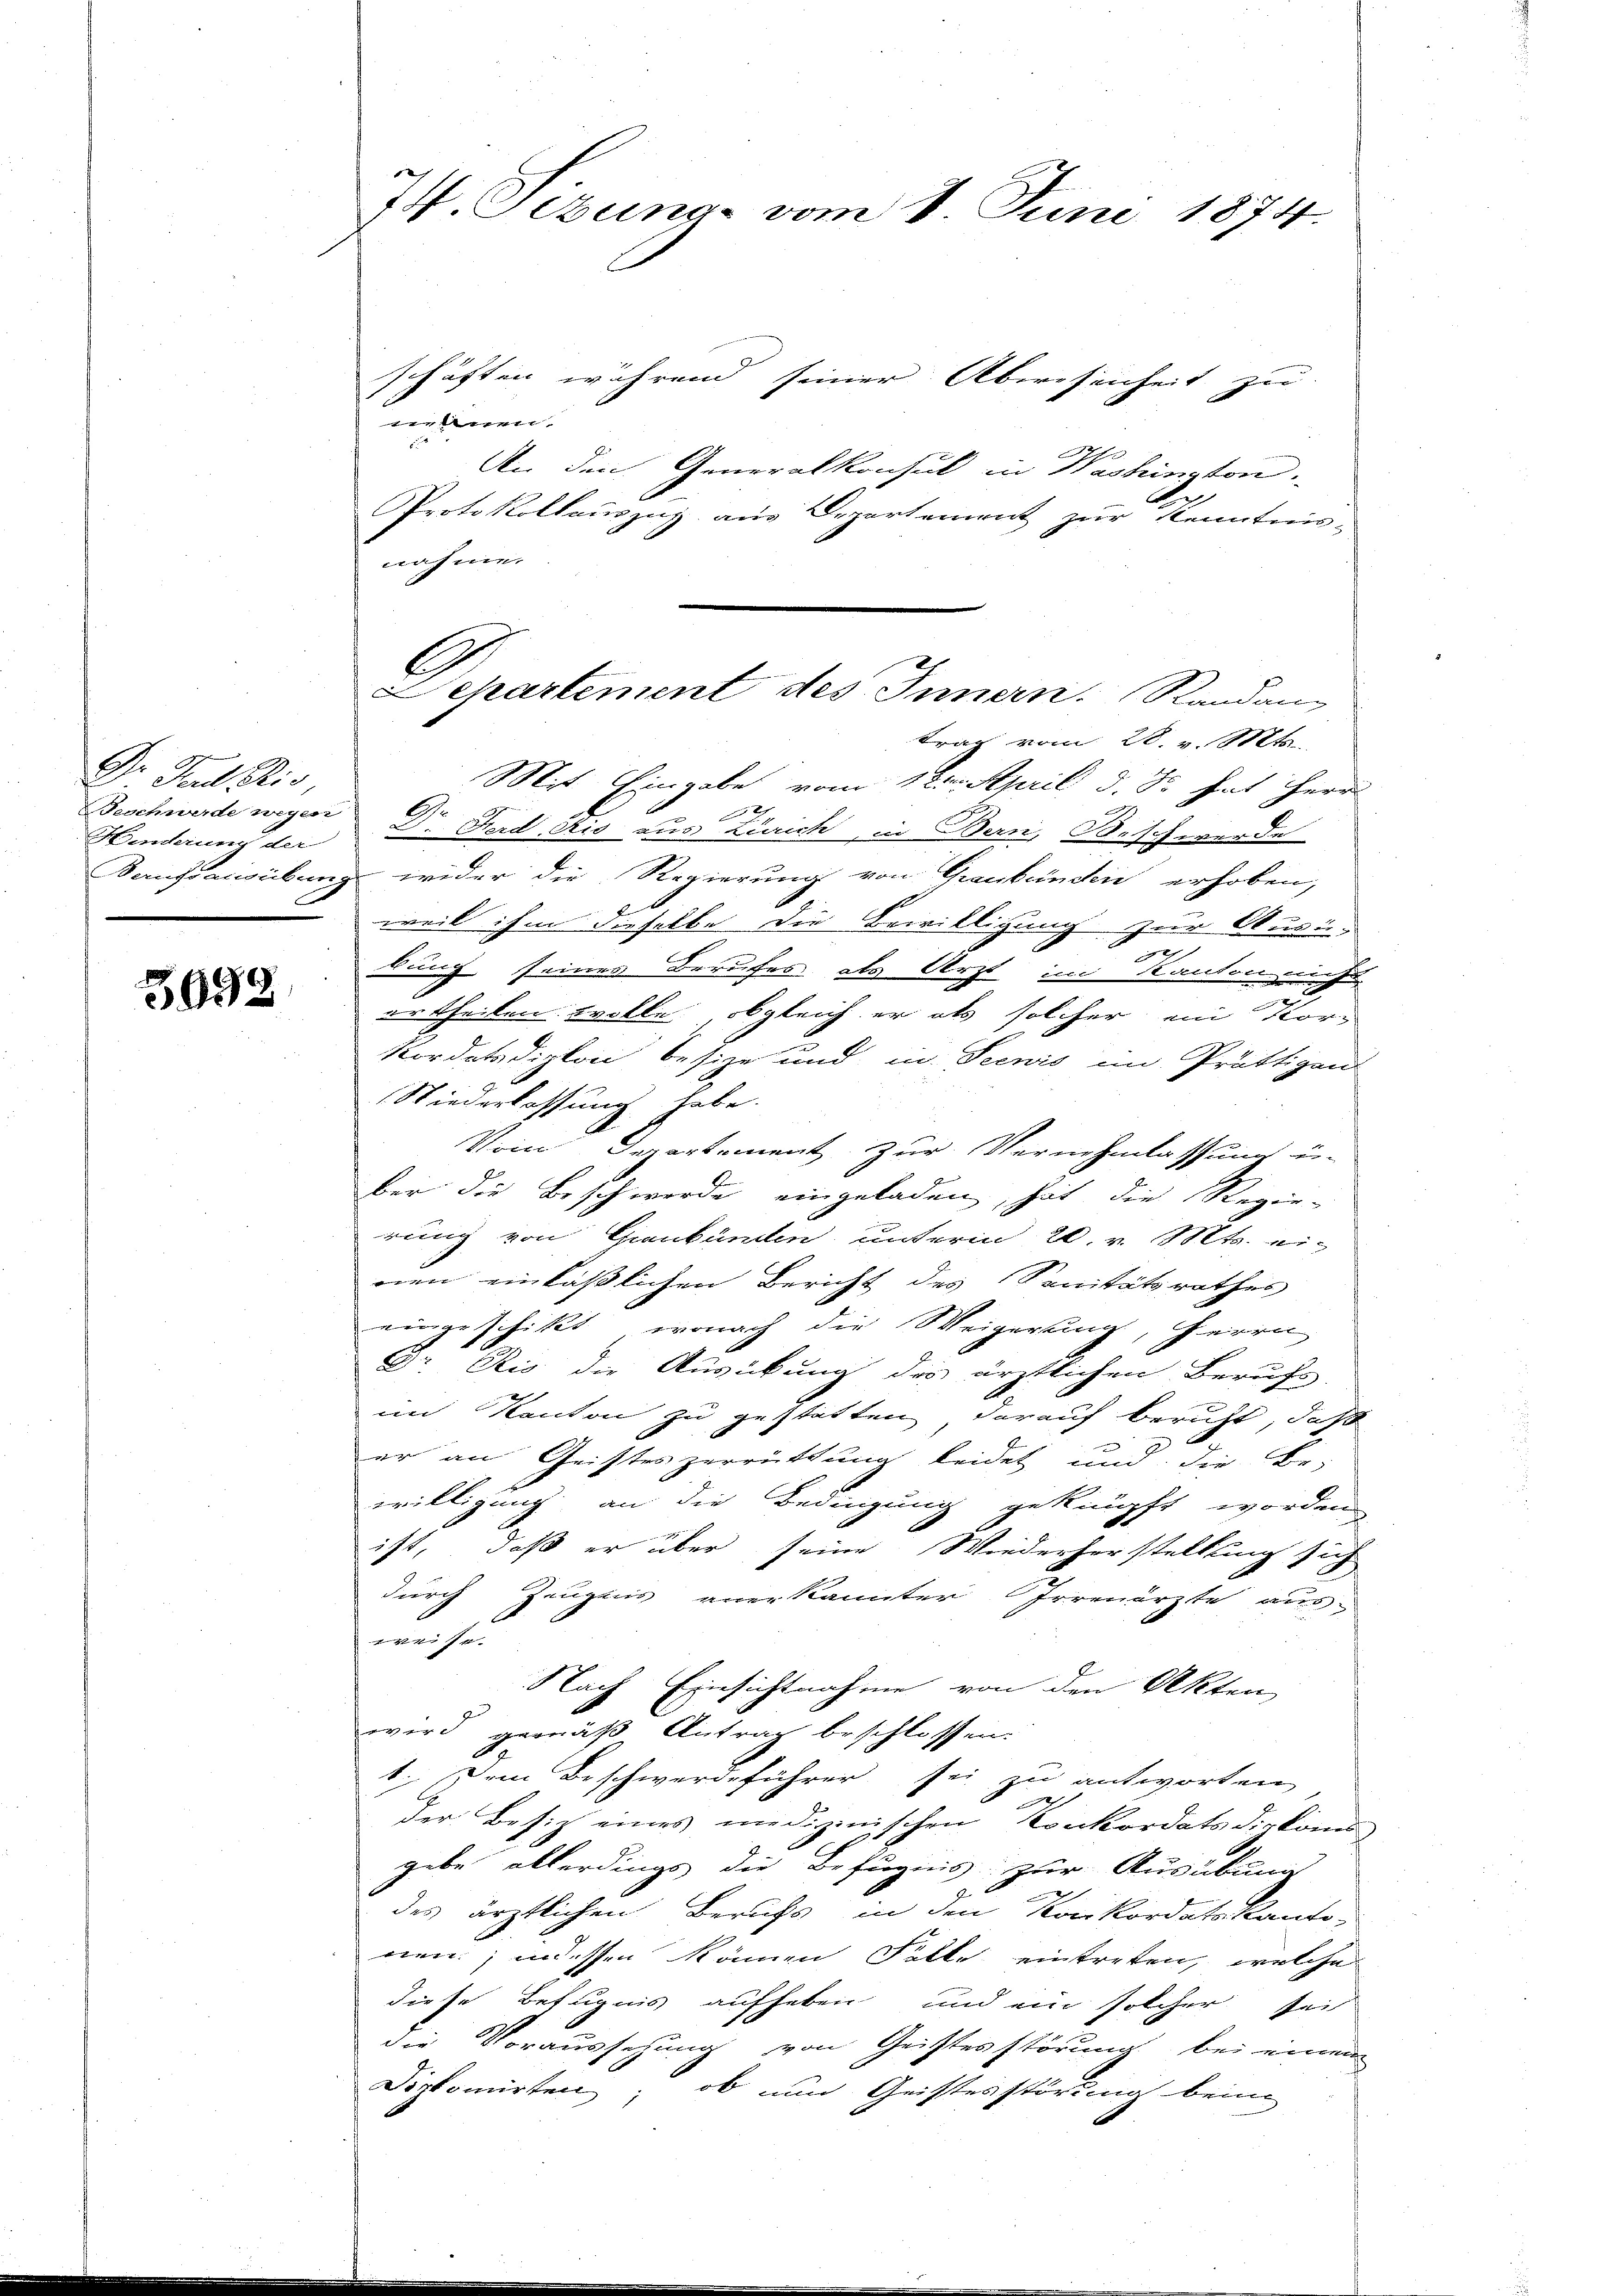
Dr. Paul Plis,
Beschwerde wegen
.

3992

74. Setung vom 1. Juni 1874.

schäften während seiner Abwesenheit zu
dnen.
An den Generalkonsul in Washington.
Protokollauszug aus Departement zur Kenntnis-
nahme.
Mit Eingabe vom 1ten April d. J. hat Herr
.
Winderung der 2. Ferd. Eis aus Zürich, in Bern, Beschwerde
Sanftausübung wider die Regierung von Graubünden erhoben,
weil ihm dieselbe die Bewilligung zur Ausi,
bung seines Berufes als Arzt im Kanton nich
ertheilen wolle, obgleich er als solcher ein Korkordatsdipkon besize und in Seenis im Prättigen-
Niederlassung habe.
Vom Departement zur Vernehmlassung er-
ber die Beschwerde eingeladen, hat die Regierung von Graubünden unterm 20. v. Mts. ei-
nen einläßlichen Bericht des Sanitätsrathes
eingeschikt, wonach die Weigerung, Herrn
D Rio die Ausübung des ärztlichen Berufs
im Kanton zu gestätten darauf beruht, daß
er an Geisteszerrüttung leidet und die Be-
willigung an die Bedingung geknüpft worden
ist, daß er über seine Wiederhorstellung sich
durch Zeugnis anerkannter Irrenärzte aus-
weise.
Nach Einsichtnahme von den Akten,
wird gemäß Antrag beschlossen.
1. Dem Beschwerdeführer sei zu antworten
e
der Besitz eines medizinischen Konkordatsdirkomis,
gebe allerdings die Befugnis zur Ausübung
des ärztlichen Berichs in den Konkordatskanto-
nen; indessen können Falle eintreten, welche
diese Befugnis aufheben und ein solcher sei
die Voraussehung von Geistesstörung bei einen
Diplomirten, ob nun Geistesstörung beim

E
Departement des Innern. Randam
trag vom 28. v. Mts.